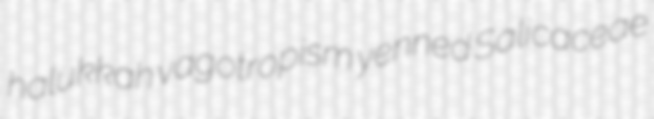
halukkah vagotropism yenned Salicaceae